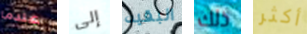
عندما إلى البقيه ذلك أكثر